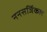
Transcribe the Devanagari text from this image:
ननसर्जिकल